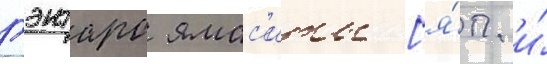
гэнтаро ямас'иты [я́п. и́